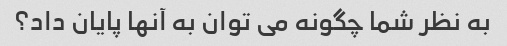
به نظر شما چگونه می توان به آنها پایان داد؟